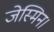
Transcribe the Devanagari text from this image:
जेस्मिन।